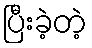
ပြီးခဲ့တဲ့